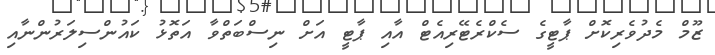
ޒޫމް މެދުވެރިކޮށް ޕާޓީގެ ސެކްރެޓޭރިއެޓް އާއި ޕާޓީ އަށް ނިސްބަތްވާ އަތޮޅު ކައުންސިލަރުންނާއި